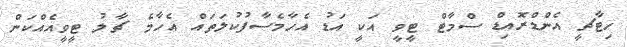
ހިޓާޗީ އެންޑްރޮއިޑް ސްމާޓް ޓީވީ އަކީ އަޑު އެހާމެސާފުކުލަތައް އެހާމެ ޗާލު ޓީވީއެއްކަން